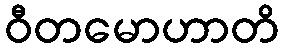
ဝီတမောဟာတိ